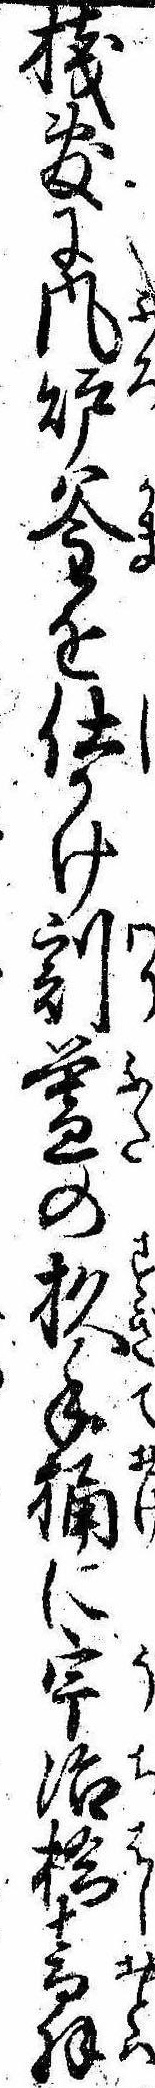
桟敷に風炉釜を仕かけ割蓋の杉手桶に宇治橋音羽